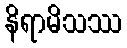
နိရာမိသဿ